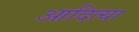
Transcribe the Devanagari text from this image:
आदित्या